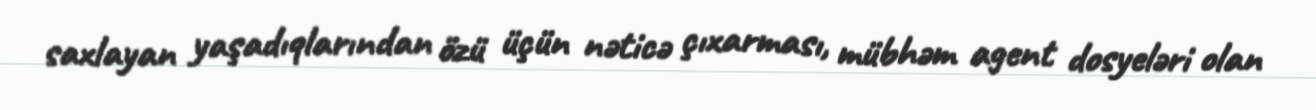
saxlayan yaşadıqlarından özü üçün nəticə çıxarması, mübhəm agent dosyeləri olan